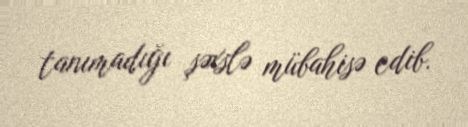
tanımadığı şəxslə mübahisə edib.